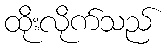
ထိုးလိုက်သည်